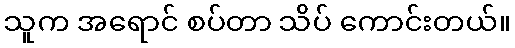
သူက အရောင် စပ်တာ သိပ် ကောင်းတယ်။